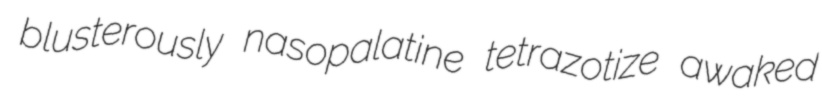
blusterously nasopalatine tetrazotize awaked